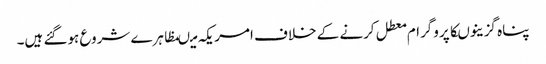
پناہ گزینوںکاپروگرام معطل کرنے کے خلاف امریکہ میںمظاہرے شروع ہوگئے ہیں۔